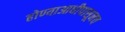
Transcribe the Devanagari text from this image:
होण्याआधीपासूनच